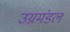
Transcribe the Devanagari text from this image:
उग्रमंडल